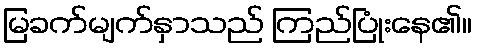
မြခက်မျက်နှာသည် ကြည်ပြုံးနေ၏။